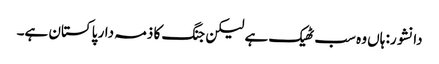
دانشور: ہاں وہ سب ٹھیک ہے لیکن جنگ کا ذمہ دار پاکستان ہے۔